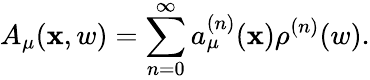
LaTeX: A_{\mu}(\mathbf{x},w)=\sum_{n=0}^{\infty}a_{\mu}^{(n)}(\mathbf{x})\rho^{(n)}(w).